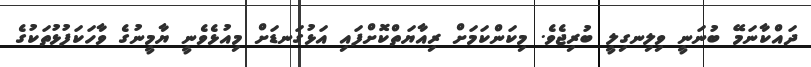
ދައްކާނަމޭ ބުނަނީ ވިލިނގިލީ ބުރިޖެވެ. މިކަންކަމަށް ރިއާޔަތްކޮށްފައި އަޅުގަނޑަށް މިއުޅެވެނީ ޔާމީނުގެ ވާހަކަފުޅުތަކުގެ